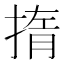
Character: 㨊